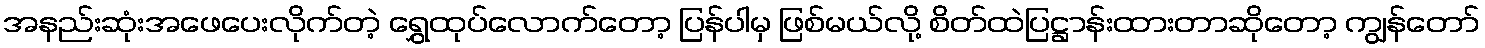
အနည်းဆုံးအဖေပေးလိုက်တဲ့ ရွှေထုပ်လောက်တော့ ပြန်ပါမှ ဖြစ်မယ်လို့ စိတ်ထဲပြဋ္ဌာန်းထားတာဆိုတော့ ကျွန်တော်